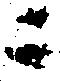
ニ